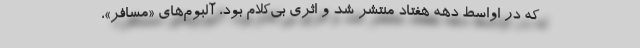
که در اواسط دهه هفتاد منتشر شد و اثری بی‌کلام بود، آلبوم‌های «مسافر»،